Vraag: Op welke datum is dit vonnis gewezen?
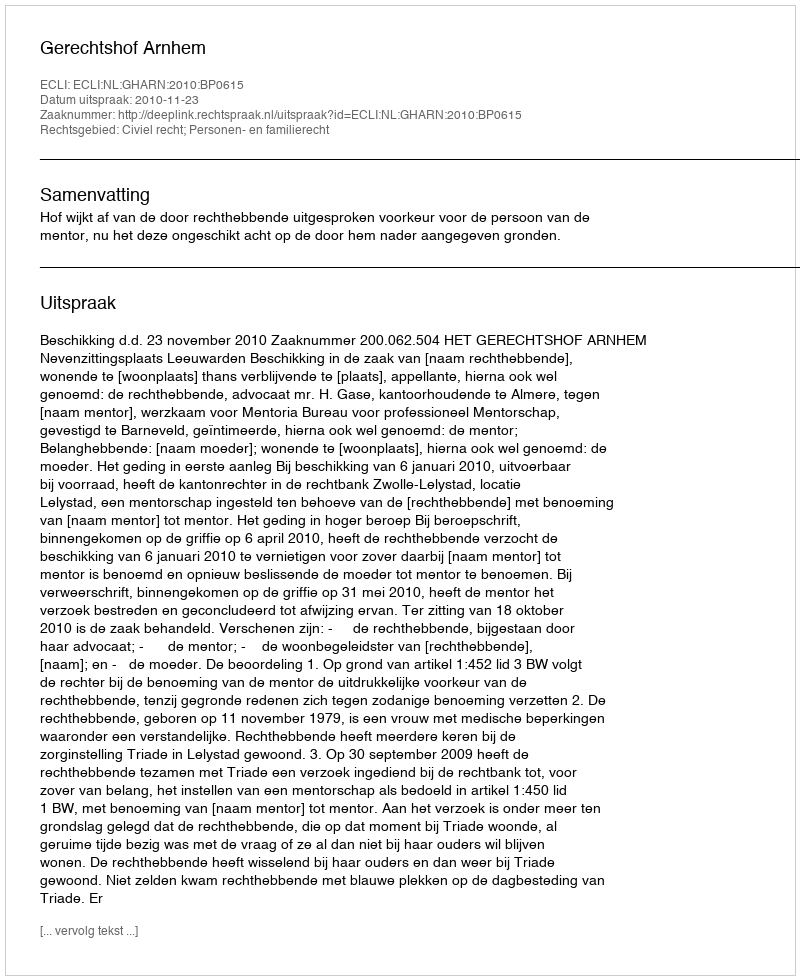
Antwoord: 2010-11-23